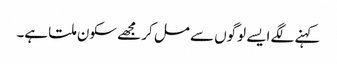
کہنے لگے ایسے لوگوں سے مل کر مجھے سکون ملتا ہے۔